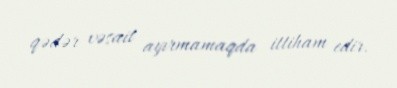
qədər vəsait ayırmamaqda ittiham edir.